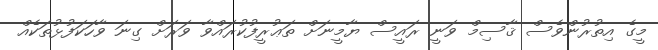
މީގެ އިތުރުންވެސް ޤާސިމް ވަނީ ރައީސް ޔާމީނަށް ތަޢުރީފުކުރައްވާ ވަރަށް ގިނަ ވާހަކަފުޅުތަކެއް